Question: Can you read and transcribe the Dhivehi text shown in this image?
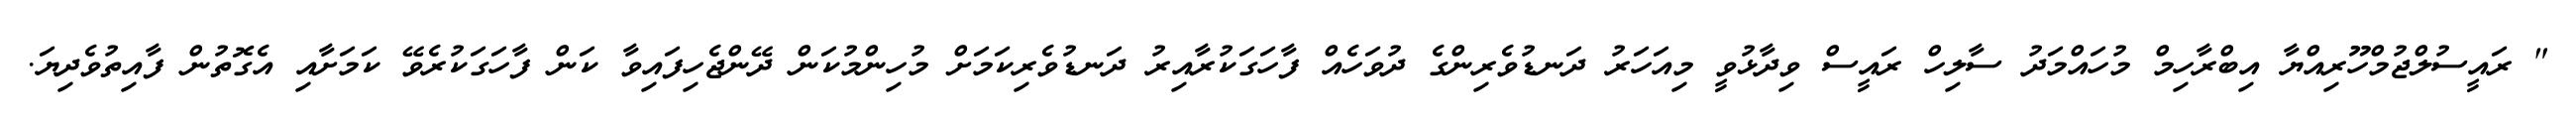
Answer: " ރައީސުލްޖުމްހޫރިއްޔާ އިބްރާހިމް މުހައްމަދު ސާލިހް ރައީސް ވިދާޅުވީ މިއަހަރު ދަނޑުވެރިންގެ ދުވަހެއް ފާހަގަކުރާއިރު ދަނޑުވެރިކަމަށް މުހިންމުކަން ދޭންޖެހިފައިވާ ކަން ފާހަގަކުރެވޭ ކަމަށާއި އެގޮތުން ފާއިތުވެދިޔަ.